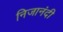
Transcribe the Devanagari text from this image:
निजानंदी